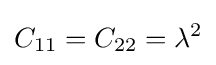
C_{11}=C_{22}=\lambda ^{2}